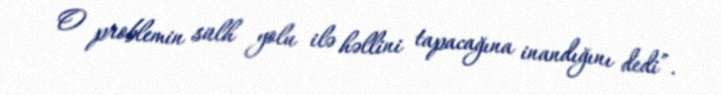
O problemin sülh yolu ilə həllini tapacağına inandığını dedi”.